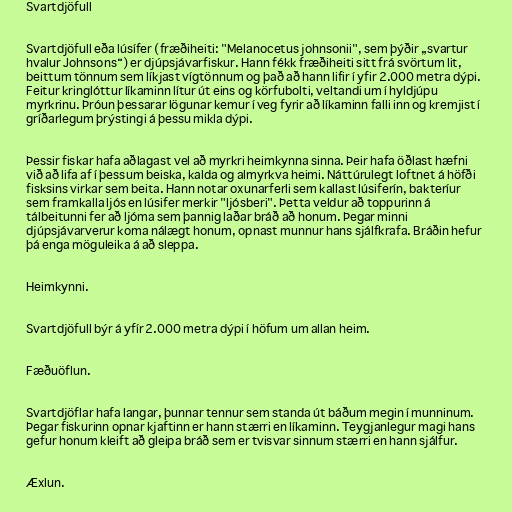
Svartdjöfull

Svartdjöfull eða lúsífer (fræðiheiti: "Melanocetus johnsonii", sem þýðir „svartur
hvalur Johnsons“) er djúpsjávarfiskur. Hann fékk fræðiheiti sitt frá svörtum lit,
beittum tönnum sem líkjast vígtönnum og það að hann lifir í yfir 2.000 metra dýpi.
Feitur kringlóttur líkaminn lítur út eins og körfubolti, veltandi um í hyldjúpu
myrkrinu. Þróun þessarar lögunar kemur í veg fyrir að líkaminn falli inn og kremjist í
gríðarlegum þrýstingi á þessu mikla dýpi.

Þessir fiskar hafa aðlagast vel að myrkri heimkynna sinna. Þeir hafa öðlast hæfni
við að lifa af í þessum beiska, kalda og almyrkva heimi. Náttúrulegt loftnet á höfði
fisksins virkar sem beita. Hann notar oxunarferli sem kallast lúsiferín, bakteríur
sem framkalla ljós en lúsifer merkir "ljósberi". Þetta veldur að toppurinn á
tálbeitunni fer að ljóma sem þannig laðar bráð að honum. Þegar minni
djúpsjávarverur koma nálægt honum, opnast munnur hans sjálfkrafa. Bráðin hefur
þá enga möguleika á að sleppa.

Heimkynni.

Svartdjöfull býr á yfír 2.000 metra dýpi í höfum um allan heim.

Fæðuöflun.

Svartdjöflar hafa langar, þunnar tennur sem standa út báðum megin í munninum.
Þegar fiskurinn opnar kjaftinn er hann stærri en líkaminn. Teygjanlegur magi hans
gefur honum kleift að gleipa bráð sem er tvisvar sinnum stærri en hann sjálfur.

Æxlun.